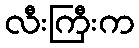
လီးကြီးက